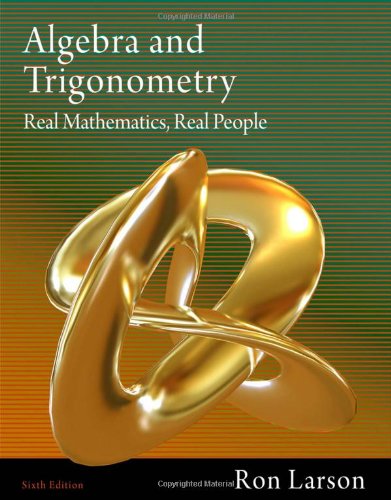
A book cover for Algebra and Trigonometry: Real Mathematics, Real People; Ron Larson; Science & Math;